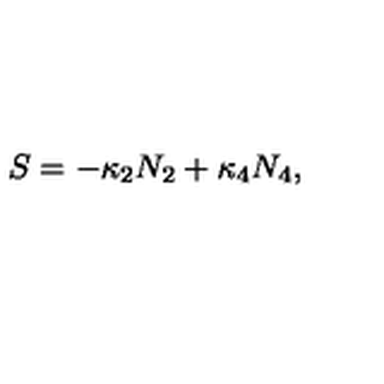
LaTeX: S = - \kappa _ { 2 } N _ { 2 } + \kappa _ { 4 } N _ { 4 } ,